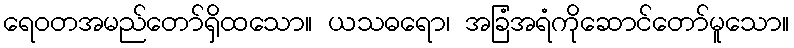
ရေဝတအမည်တော်ရှိထသော။ ယသဓရော၊ အခြံအရံကိုဆောင်တော်မူသော။